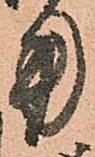
用